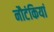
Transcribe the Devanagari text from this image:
नौटंकियां